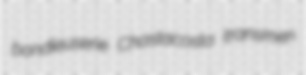
bondieuserie Chastacosta transmen